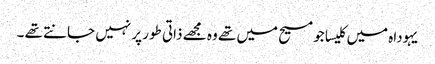
یہوداہ میں کلیسا جو مسیح میں تھے وہ مجھے ذاتی طور پر نہیں جانتے تھے ۔